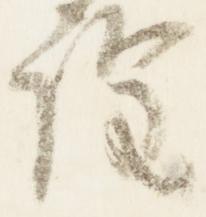
詮